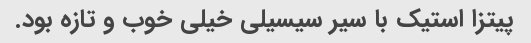
پیتزا استیک با سیر سیسیلی خیلی خوب و تازه بود.